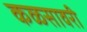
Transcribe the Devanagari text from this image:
कळसावरी